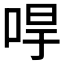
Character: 𠳲